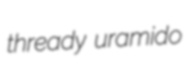
thready uramido